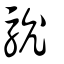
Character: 馻